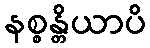
နစ္စန္တိယာပိ